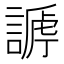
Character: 𧪥